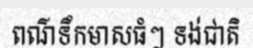
ពណ៌ទឹកមាសធំៗ ទង់ជាតិ